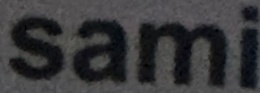
Sami